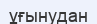
ұғынудан